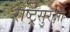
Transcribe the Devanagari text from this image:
राष्ट्रसुरक्षा